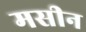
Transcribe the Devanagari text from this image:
मसीन